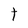
Character: t